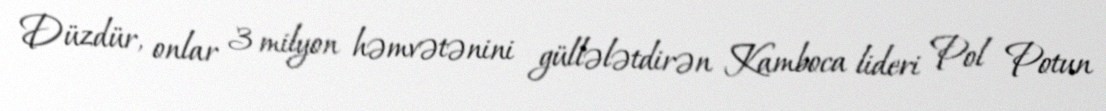
Düzdür, onlar 3 milyon həmvətənini güllələtdirən Kamboca lideri Pol Potun